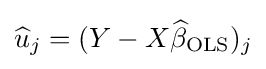
{\widehat {u}}_{j}=(Y-X{\widehat {\beta }}_{\text{OLS}})_{j}